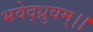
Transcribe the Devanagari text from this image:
भवेद्ध्रुवम्।।